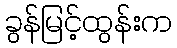
ခွန်မြင့်ထွန်းက